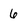
Character: 6